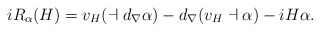
\begin{align*} i R_{\alpha}(H) = v_{H}(\dashv d_{\nabla}\alpha) - d_{\nabla}( v_{H}\dashv \alpha) - i H \alpha. \end{align*}